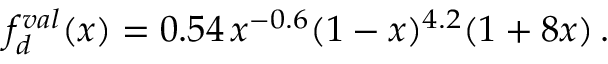
f _ { d } ^ { v a l } ( x ) = 0 . 5 4 \, x ^ { - 0 . 6 } ( 1 - x ) ^ { 4 . 2 } ( 1 + 8 x ) \, .